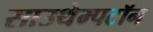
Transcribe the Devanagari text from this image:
साउथेम्पटॉन